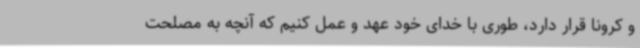
و کرونا قرار دارد، طوری با خدای خود عهد و عمل کنیم که آنچه به مصلحت